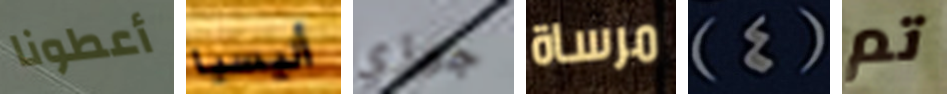
أعطونا أليسيا جوزي مرساة (4) تم